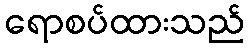
ရောစပ်ထားသည်